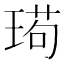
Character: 㻤